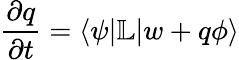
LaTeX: \frac{\partial q}{\partial t}=\langle\psi|\mathbb{L}|w+q\phi\rangle